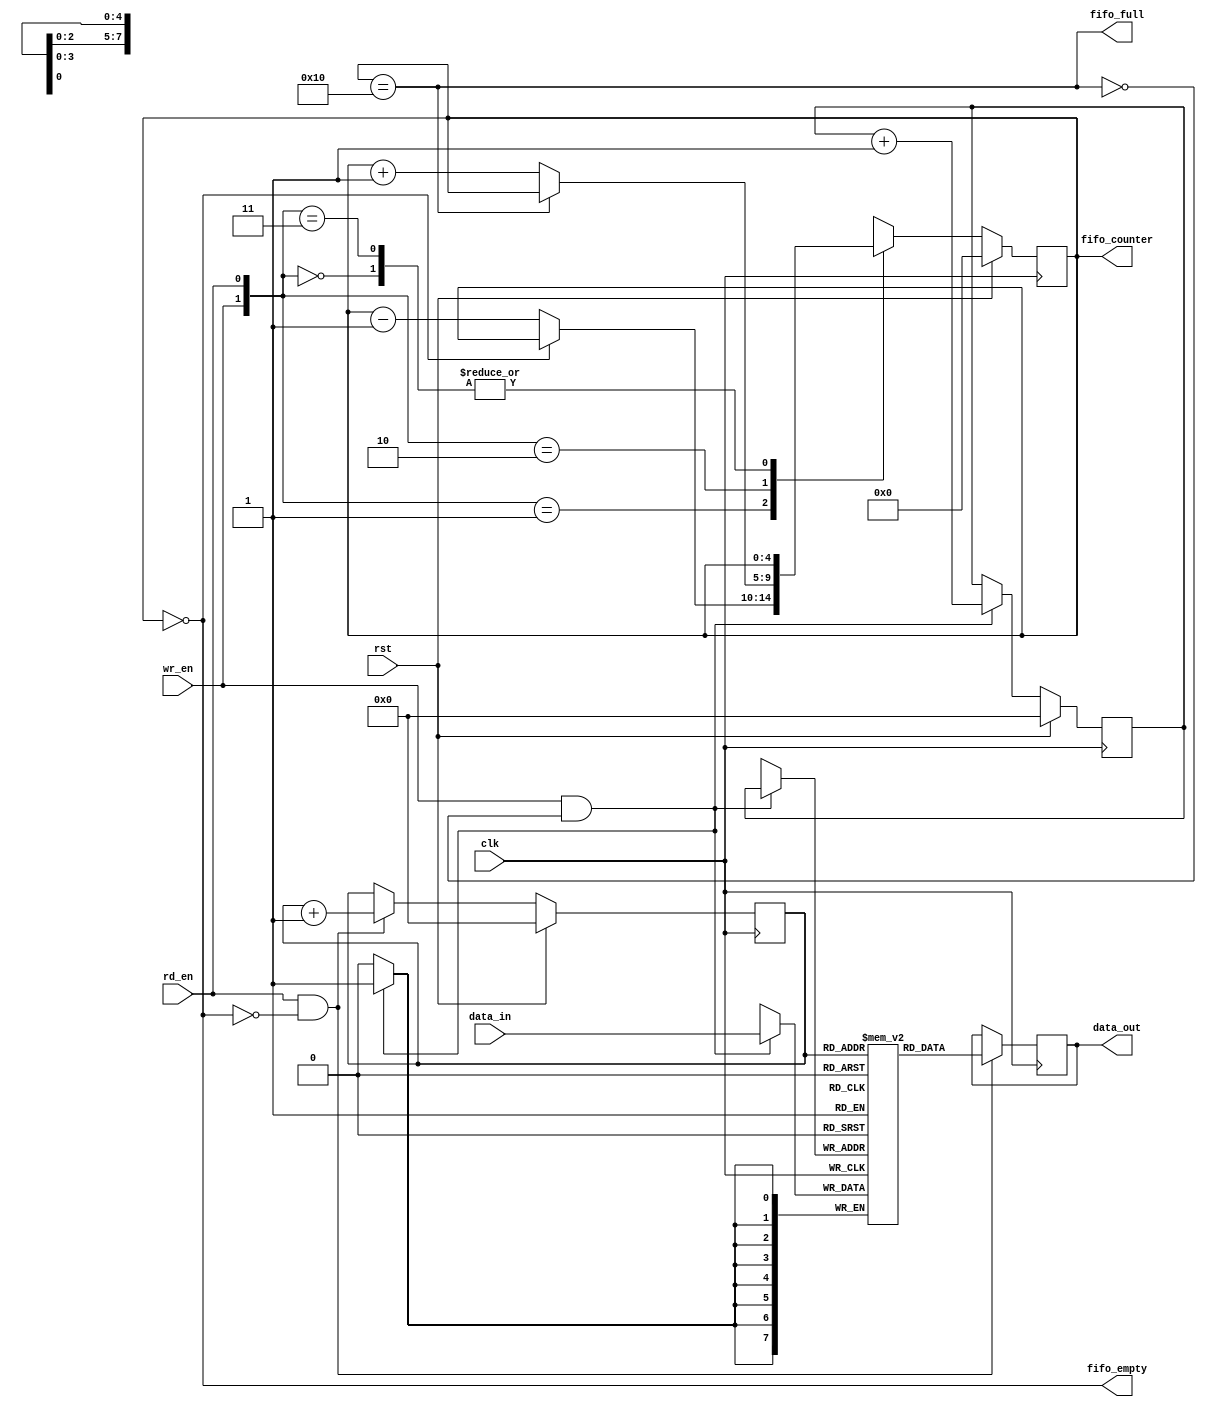
//----------------------- 16x8 synchronus FIFO-----------------------//
`timescale 1ns/1ps
module sync_fifo(clk,rst,data_in,wr_en,rd_en,data_out,fifo_full,fifo_empty,fifo_counter);

parameter addr_width = 4;  	//width of address bits
parameter addr_loc = 1<<addr_width; //16	//no of address locations
parameter mem_width = 8; 		//size of each location

input clk,rst,wr_en,rd_en;
input [mem_width-1:0]data_in ; //7:0,  8bits

output reg [mem_width-1:0]data_out ; //7:0 ,8bits
output reg fifo_empty,fifo_full;
output reg [addr_width:0] fifo_counter; //4:0 , 5bits

reg [addr_width-1:0] rd_pt, wr_pt; //3:0 , 4bits
reg [mem_width-1:0] fifo_block [addr_loc-1:0];  


//========================fifo empty,full============================//
always@(fifo_counter)
begin
fifo_empty = (fifo_counter == 0);
fifo_full = (fifo_counter == addr_loc);
end

//======================== data write into FIFO block =============//
always@(posedge clk)
begin
if(wr_en && !fifo_full)
fifo_block[wr_pt] <= data_in;
end

//========================== data read from FIFO block ============//
always@(posedge clk)
begin
if(rd_en && !fifo_empty)
 data_out = fifo_block[rd_pt];
end

//===================== rd_pt,wr_pt updation==============//
always@(posedge clk)
begin 
	if (rst)
		begin
		wr_pt <= 0;
		rd_pt <= 0;
		end

		else begin 
		wr_pt <= (wr_en && !fifo_full)? wr_pt+1: wr_pt;
		rd_pt <= (rd_en && !fifo_empty) ? rd_pt+1 : rd_pt;
     end 
end

//====================== fifo counter ===============//
always@(posedge clk)
begin
	if(rst)
			fifo_counter <= 0;
else
begin	
		case({wr_en,rd_en})
		2'b00 : fifo_counter <= fifo_counter;
		2'b01 : fifo_counter <= ~fifo_empty?fifo_counter-1:fifo_counter;
		2'b10 : fifo_counter <= ~fifo_full ? fifo_counter+1 : fifo_counter;
		2'b11 : fifo_counter <= fifo_counter;
		endcase
		
end
end
endmodule